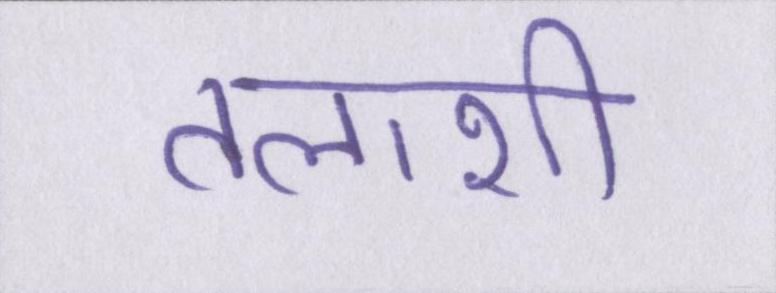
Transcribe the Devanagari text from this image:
तलाशी